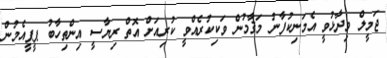
ޖަމީލް ވިދާޅުވީ އެމަނިކުފާނު މަޤާމުން ވަކިކުރެއްވީ ކުރިއަށް އޮތް ރިޔާސީ އިންތިހާބު ޕީޕީއެމުން